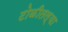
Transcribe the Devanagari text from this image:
टोळीतल्या